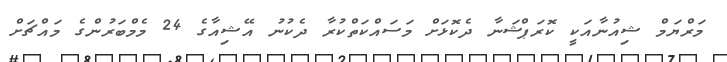
މަރްޔަމް ޝިއުނާއަކީ ކޮރަޕްޝަނާ ދެކޮޅަށް މަސައްކަތްކުރާ ދެކުނު އޭޝިއާގެ 24 މެމްބަރުންގެ މައްޗަށް